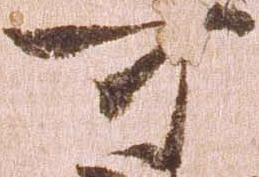
可